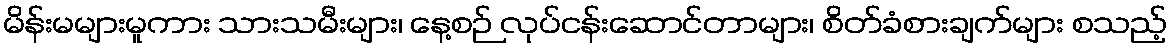
မိန်းမများမူကား သားသမီးများ၊ နေ့စဉ် လုပ်ငန်းဆောင်တာများ၊ စိတ်ခံစားချက်များ စသည့်